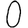
Digit: 0